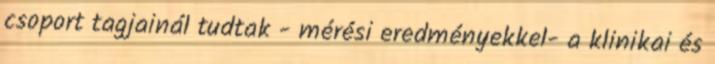
csoport tagjainál tudtak - mérési eredményekkel- a klinikai és